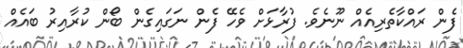
ފެން ރައްކާތެރިއެއް ނޫނެވެ. ފުރާޅަށް ވެހޭ ފެން ނަގައިގެން ބޯން ކުރާއިރު ބައެއް